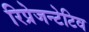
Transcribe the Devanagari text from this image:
रिप्रेजन्टेटिव